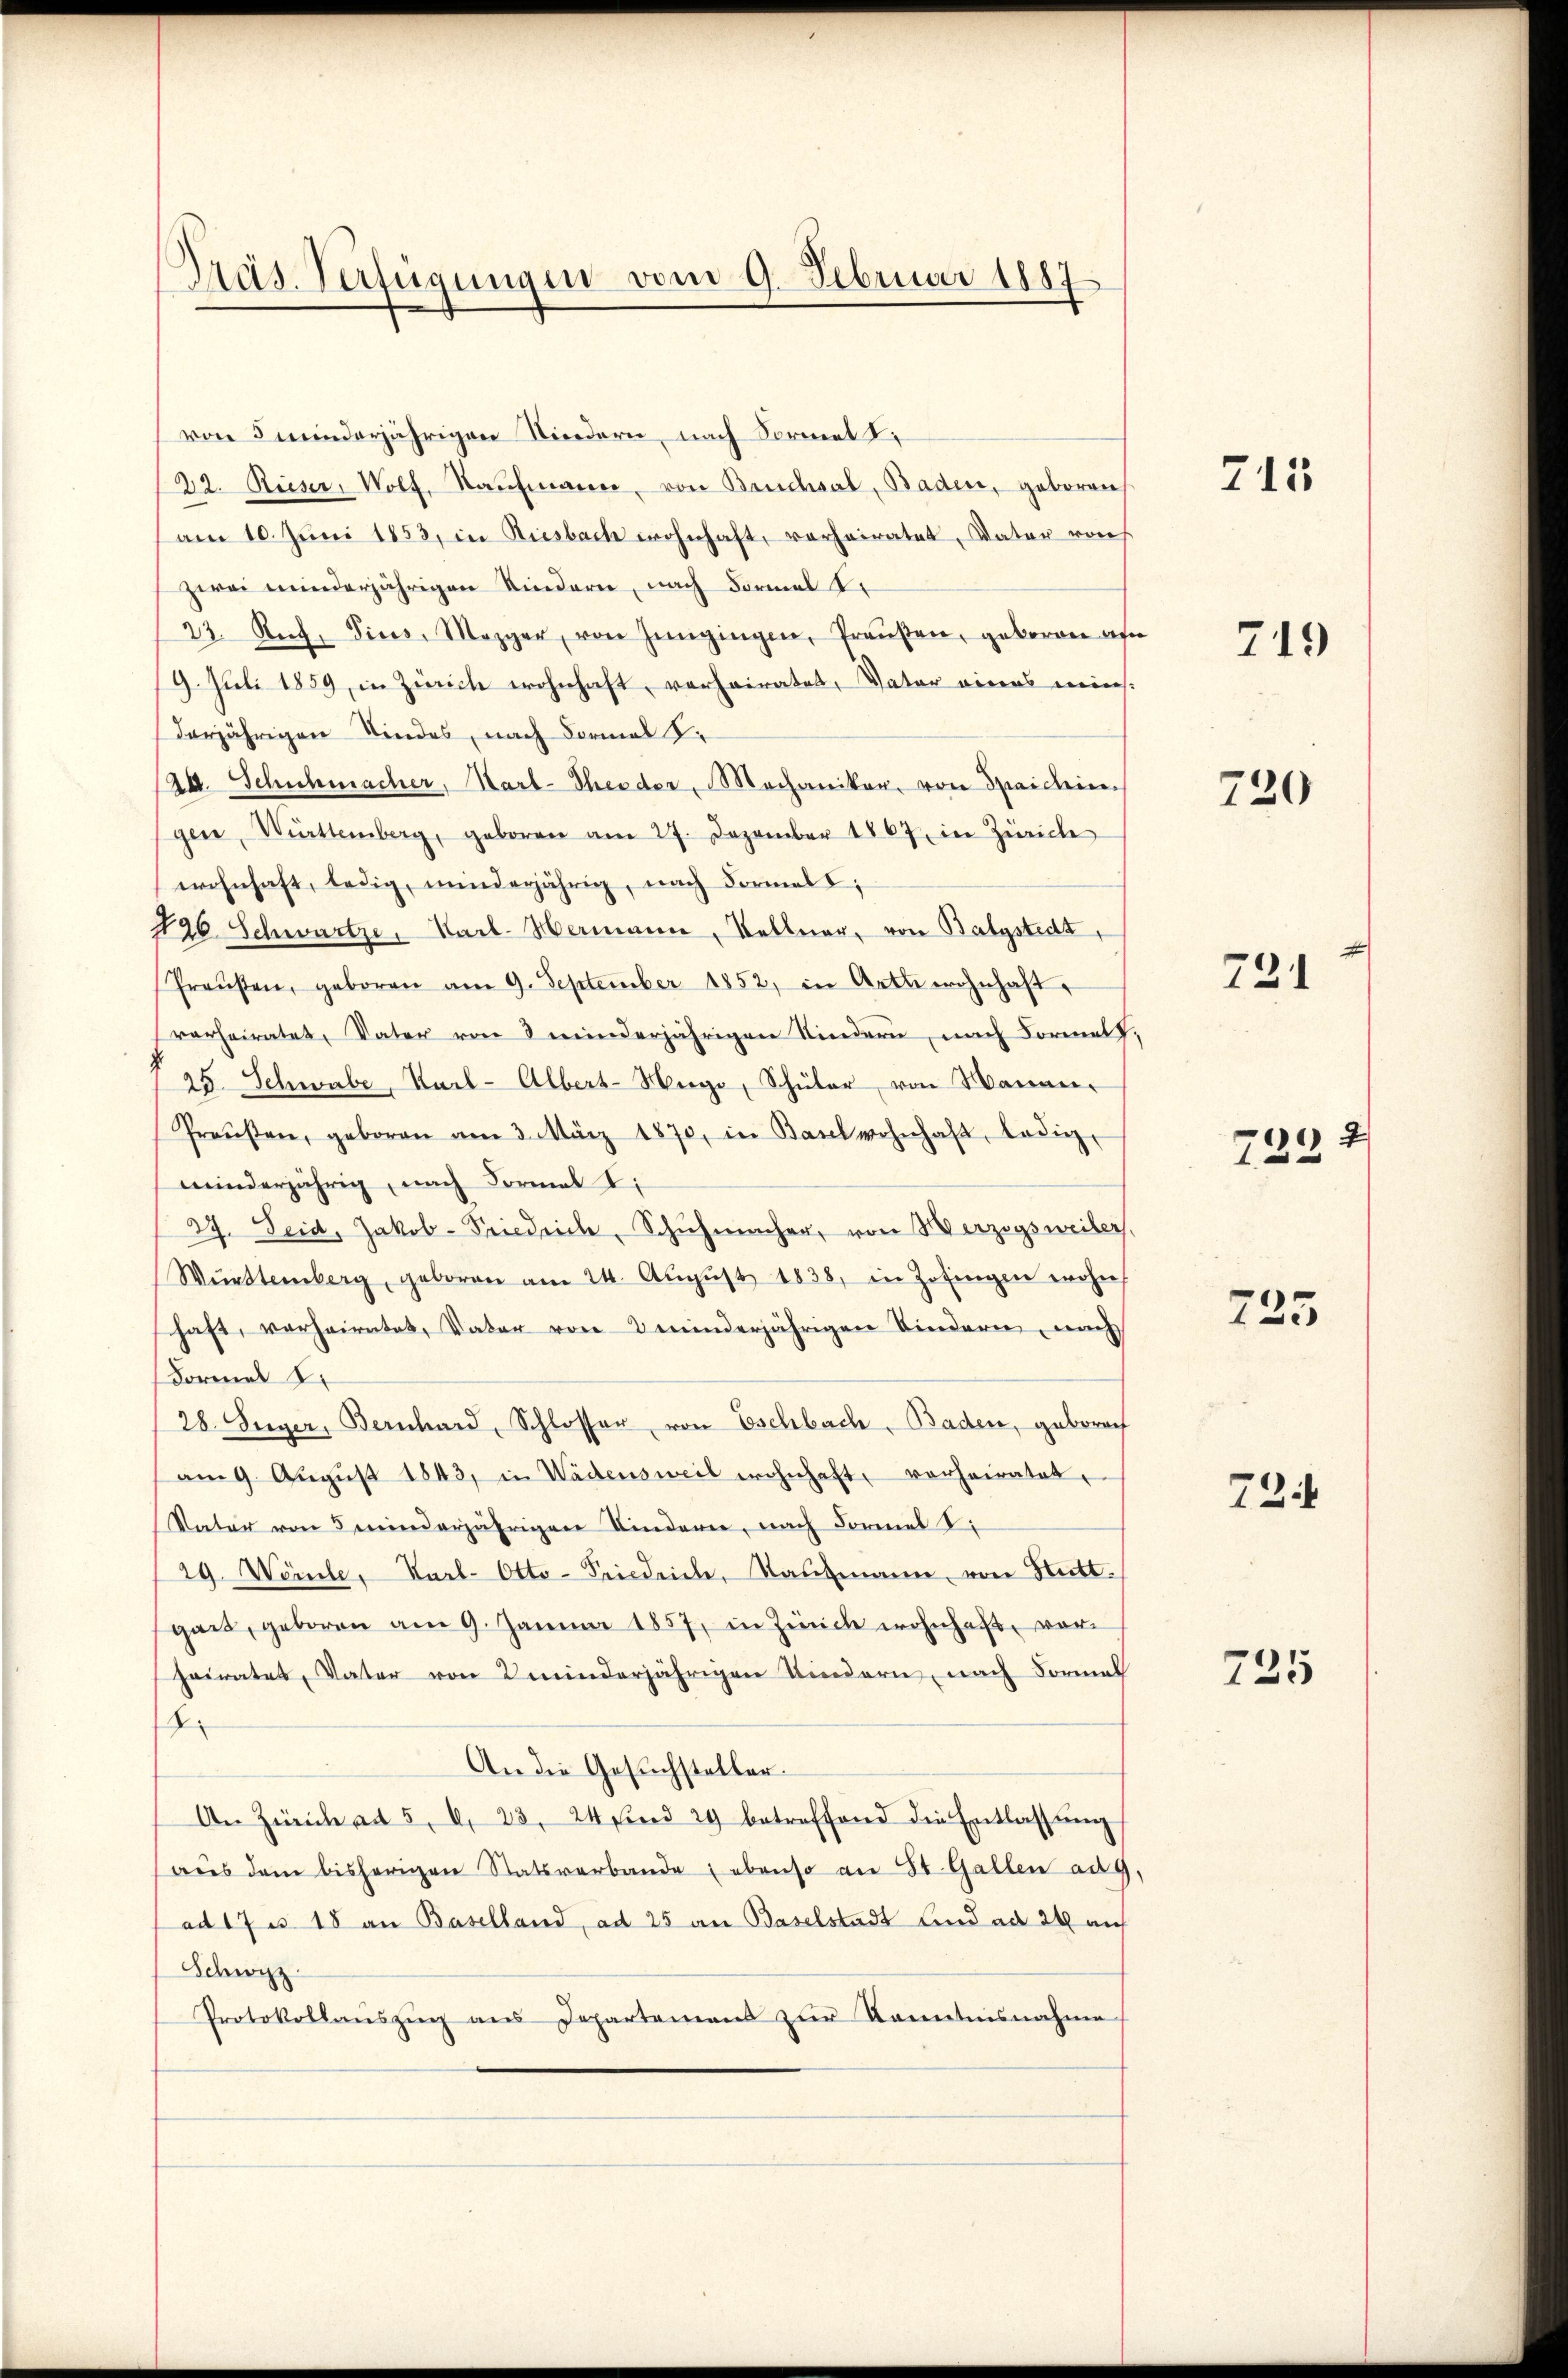
Päs. Verfügungen vom 9. Februar 1887

von 5 minderjährigen Niedern, nach Sormelt,
22. Rieser, Wolf, Kaŭfmann, von Bruchsal, Baden, geboren
am 10. Jŭni 1853, in Riesbach wohnhaft, vorheiratet, Vater von
zwei minderjährigen Kindern, nach dormal tr
23. Aug. Tics, Mezger, von Zeigingen, Traŭβen, geboren au
19. Juli 1859, in Zürich wohnhaft, verheiratet, Vater eines meinsderjährigen Kindes, nach Formal S.
Ad. Schichmacher, Harl-Theeder, Mechaniker, von Spaichin
gen, Württemberg, geboren am 27. Dezember 1867 in Zürich
wohnhaft, ledig, minderjährig, nach Formell;
126 Schwartze, Karl-Hermann, Kellner, von Balgstedt,
Praŭsen, geboren am 9. September 1852, in Arte wohnhaft
verheiratet, Vater von 8 minderjährigen Sindern, nach Formel
725. Schwabe, Karl-Albert-Mugo, Schüler von Manan-
Preŭβen, geboren am 3. März 1870, in Baulwohnhaft, ledig-
minderjährig, nach Formal I
27. Seid, Jakob-Friedrich, Schŭhmacher, von Herzogsweiler,
Württemberg, geboren am 24. Aŭgŭst 1838, in Zofingen wohn
haft, verheiratet, Vater von minderjährigen Kindern, nach
Formel 1.
28. Seger, Bernhard, Schlosser, von Eschbach, Baden, gebrach
am 9. Aŭgŭst 1843, in Wädensweil wohnhaft vorheiratet,
Vater von 5 minderjährigen Kindern, nach Formel t
29 Wörte, Karl-Otto-Friedrich, Kaufmann, von Ritt.
gart, geboren am 9. Januar 1857, in Zürich wohnhaft, vorheiratet, Vater von minderjährigen Kindern, nach Formal
2
An die Gesuchsteller.
An Zürich ad 5. d. 23. 24 find 29 betreffend die Entlassŭng
aŭs dem bisherigen Statsverbande ebenso an St. Gallen ad 9
ad 17. 18 an Baselland, ad 25 an Baselstadt Lind ad 24 auf
Schwyz
Protokollaŭszŭg ans Departement zŭr Kenntnisnahme

e
)

715

749

720

731

729 2

725

72

725